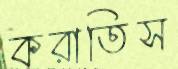
করাতিস